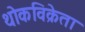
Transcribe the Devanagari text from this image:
थोकविक्रेता